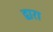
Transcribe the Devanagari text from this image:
द्वारा